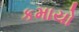
કમાયો